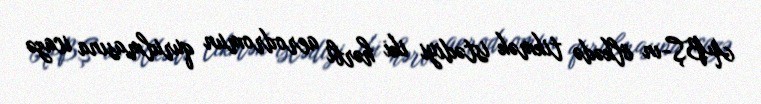
ABŞ-ın ölkədə tikmək istədiyi iki hərbi aerodromun qurulmasına icazə